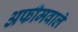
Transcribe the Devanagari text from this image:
अफीमवाले